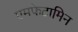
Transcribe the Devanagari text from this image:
एमफेटामिन